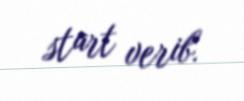
start verib.